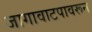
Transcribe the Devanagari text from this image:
जागावाटपावरून